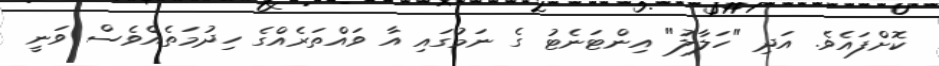
ކޮށްފައެވެ. އަދި "ހަލާލު" އިންޓަނެޓު ގެ ނަމުގައި އާ ވައްތަރެއްގެ ހިދުމަތެއްވެސް ވަނީ